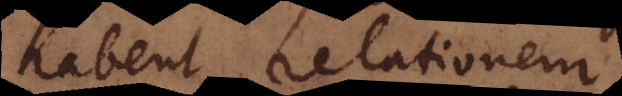
abent relationem.